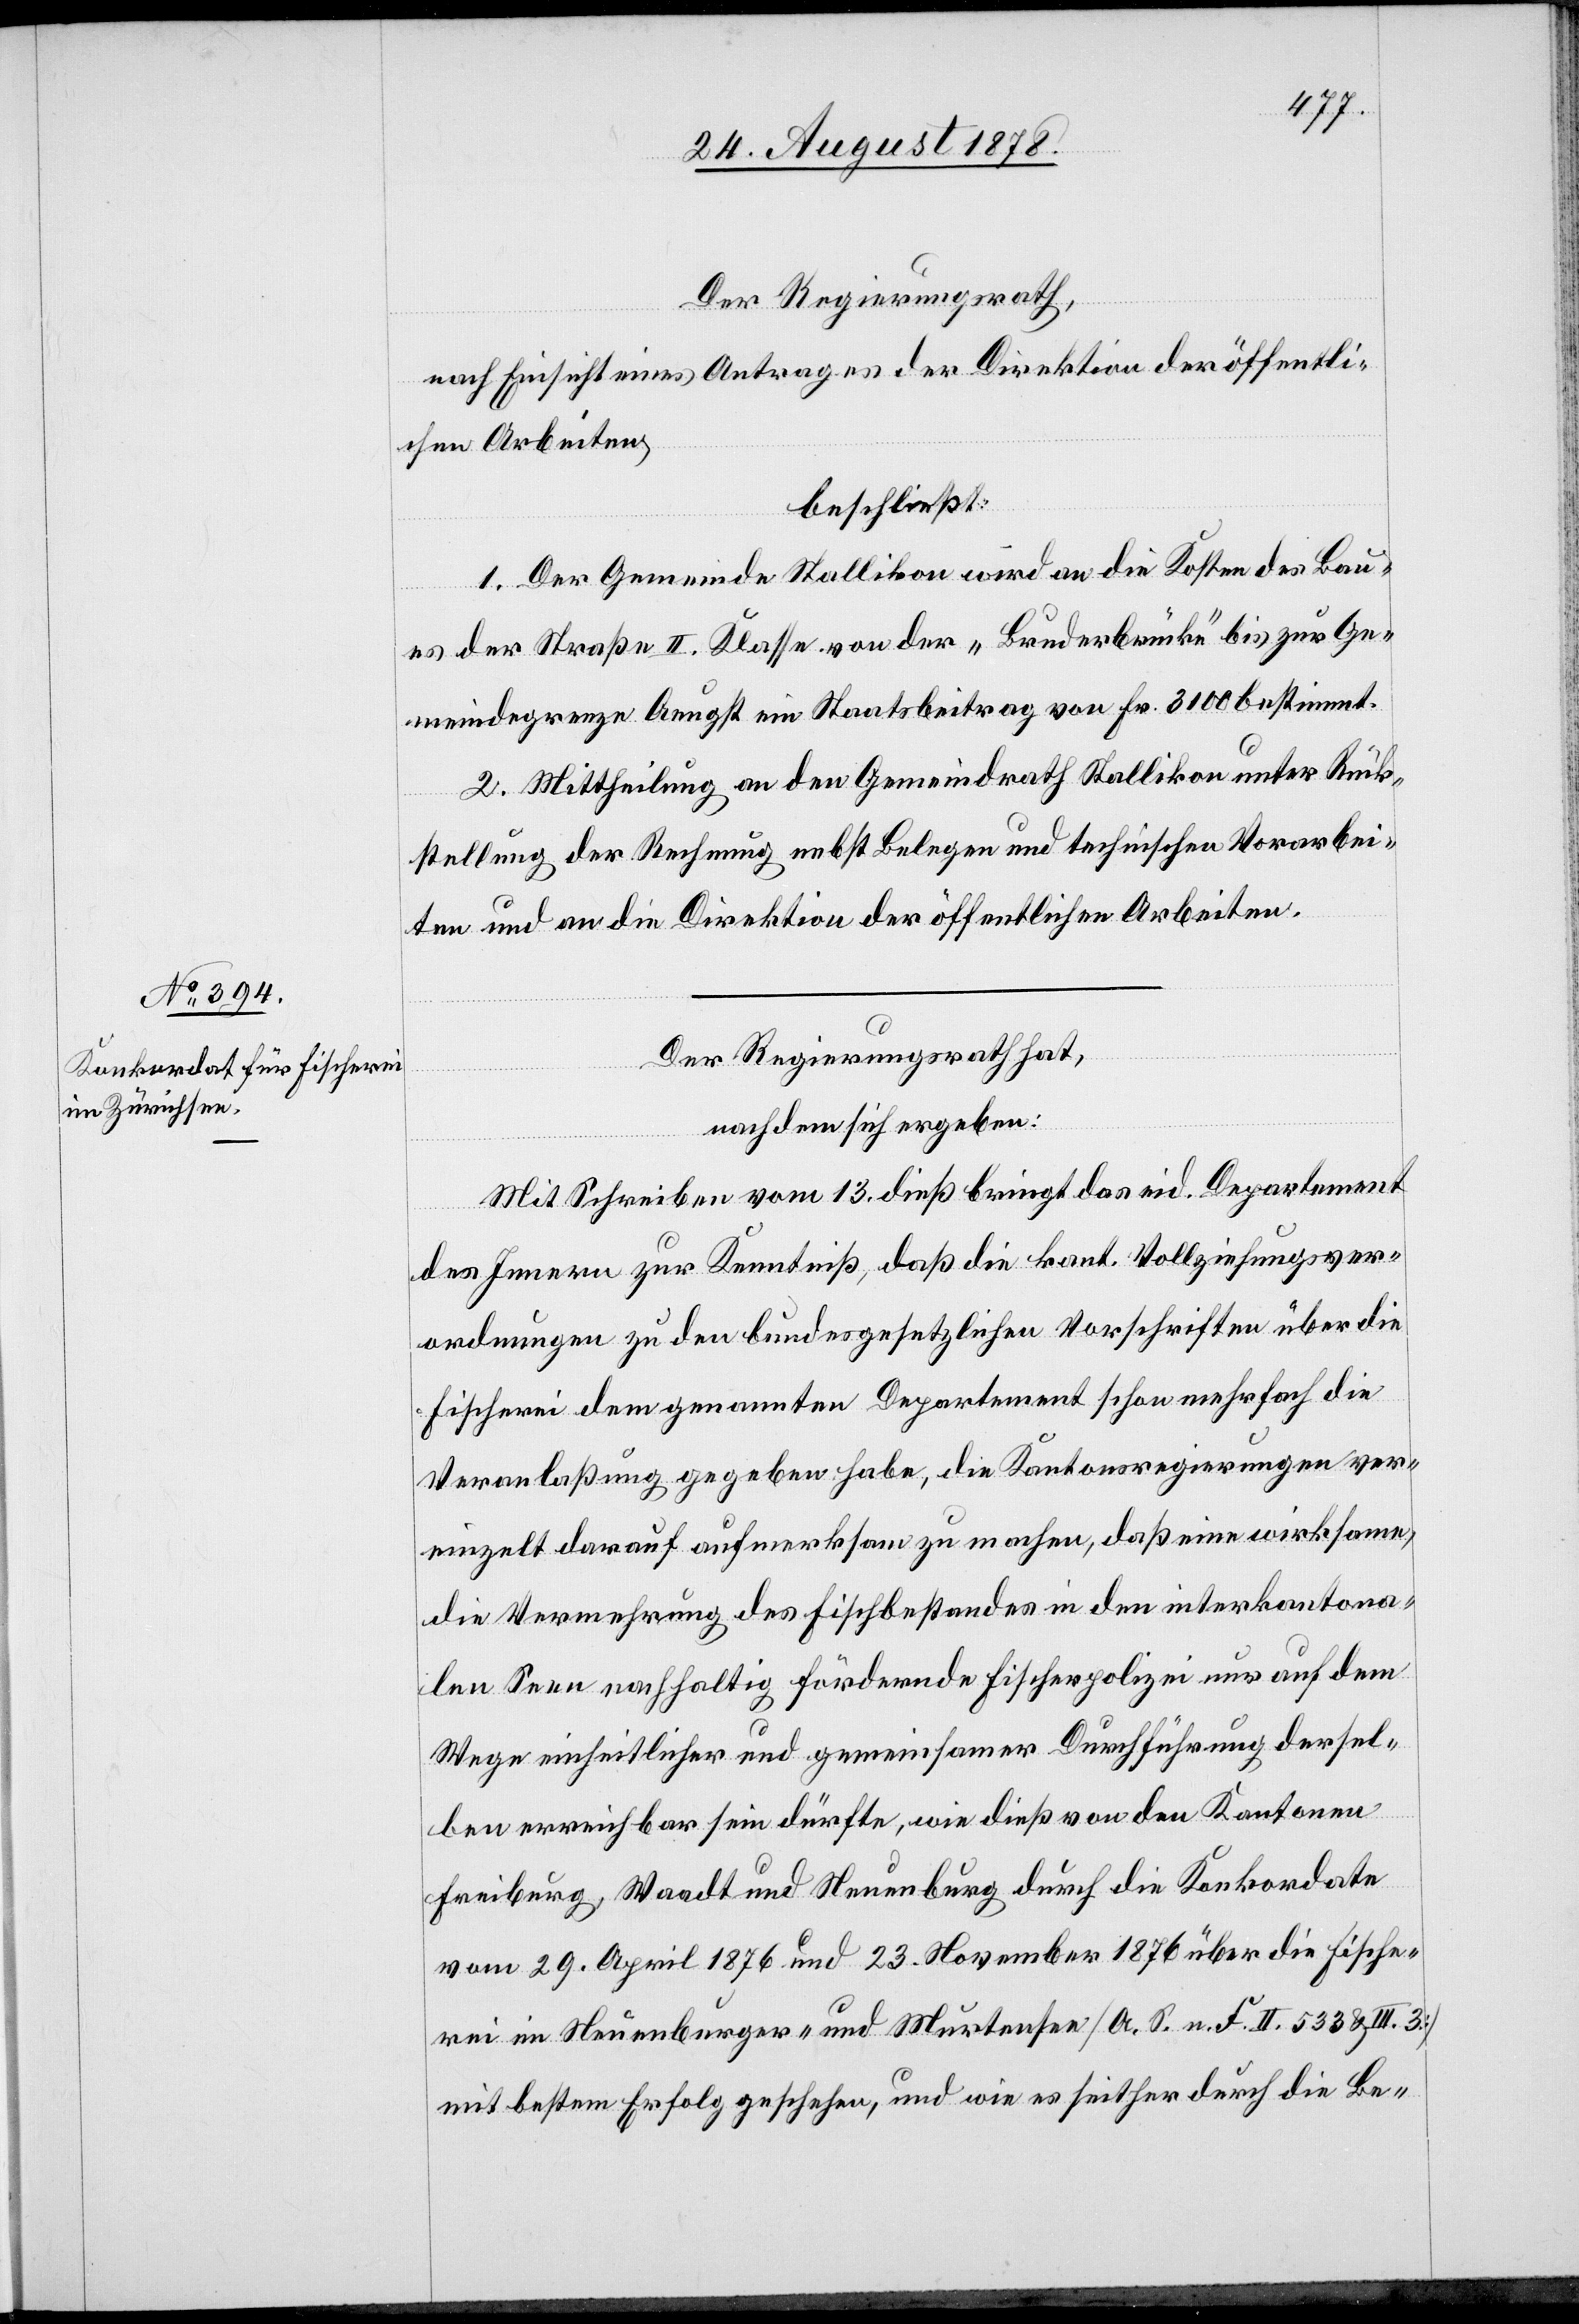
Der Regierungsrath,
nach Einsicht eines Antrages der Direktion der öffentli¬
chen Arbeiten,
beschließt:
1. Der Gemeinde Stallikon wird an die Kosten des Bau¬
es der Straße II. Klasse von der „Bruderbrücke“ bis zur Ge¬
meindegrenze Aeugst ein Staatsbeitrag von Fr. 3100 bestimmt.
2. Mittheilung an den Gemeindrath Stallikon unter Rück¬
stellung der Rechnung nebst Belegen und technischen Vorarbei¬
ten und an die Direktion der öffentlichen Arbeiten.